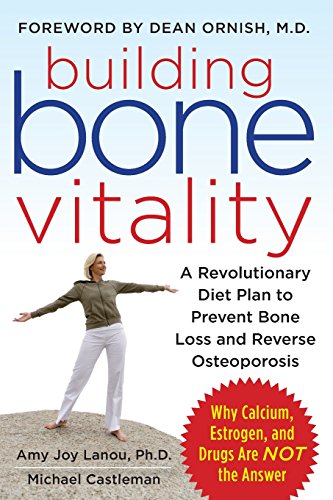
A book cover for Building Bone Vitality: A Revolutionary Diet Plan to Prevent Bone Loss and Reverse Osteoporosis--Without Dairy Foods, Calcium, Estrogen, or Drugs; Amy Lanou; Health, Fitness & Dieting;